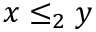
x \leq _ { 2 } y